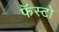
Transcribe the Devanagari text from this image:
फॅस्टो